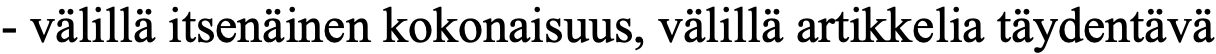
- välillä itsenäinen kokonaisuus, välillä artikkelia täydentävä